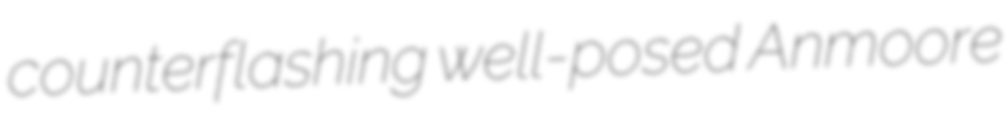
counterflashing well-posed Anmoore